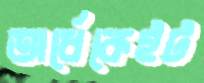
অর্ধেকেইট